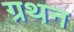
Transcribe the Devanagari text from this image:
ग्रथन